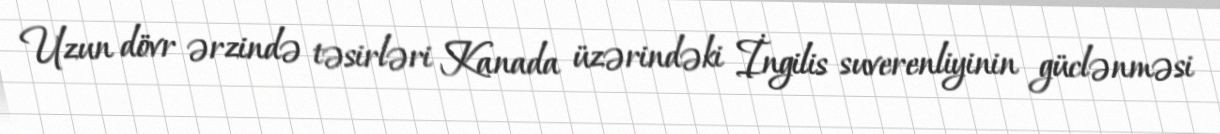
Uzun dövr ərzində təsirləri Kanada üzərindəki İngilis suverenliyinin güclənməsi